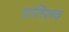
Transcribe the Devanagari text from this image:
प्रतिसद